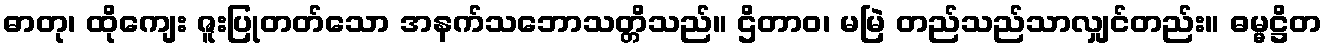
ဓာတု၊ ထိုကျေး ဇူးပြုတတ်သော အနက်သဘောသတ္တိသည်။ ဌိတာဝ၊ မမြဲ တည်သည်သာလျှင်တည်း။ ဓမ္မဋ္ဌိတ